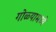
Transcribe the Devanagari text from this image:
गोळ्यामध्ये